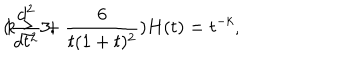
( \frac { d ^ { 2 } } { d t ^ { 2 } } + \frac { 6 } { t ( 1 + t ) ^ { 2 } } ) H ( t ) = t ^ { - k } , \hspace { 0 . 1 m m } k \geq 3 .